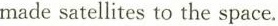
made satellites to the space.